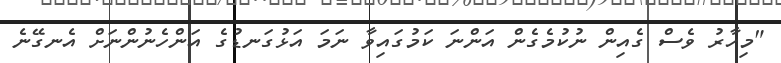
"މިހާރު ވެސް ގެއިން ނުކުމެގެން އަންނަ ކަމުގައިވާ ނަމަ އަޅުގަނޑުގެ އަންހެނުންނަށް އެނގޭނެ